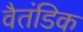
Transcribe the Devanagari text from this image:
वैतंडिक